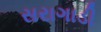
સરાગાડી